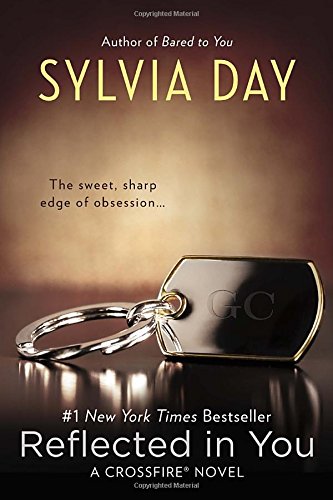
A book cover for Reflected in You (Crossfire); Sylvia Day; Romance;